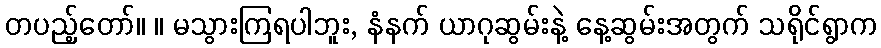
တပည့်တော်။ ။ မသွားကြရပါဘူး, နံနက် ယာဂုဆွမ်းနဲ့ နေ့ဆွမ်းအတွက် သရိုင်ရွာက